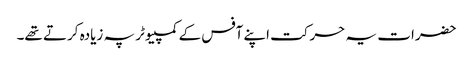
حضرات یہ حرکت اپنے آفس کے کمپیوٹر پہ زیادہ کرتے تھے۔